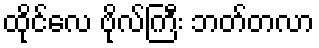
ထိုင်လေ ဗိုလ်ကြီး ဘတ်တလာ